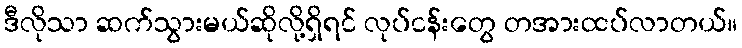
ဒီလိုသာ ဆက်သွားမယ်ဆိုလို့ရှိရင် လုပ်ငန်းတွေ တအားထပ်လာတယ်။